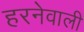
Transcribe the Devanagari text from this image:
हरनेवाली